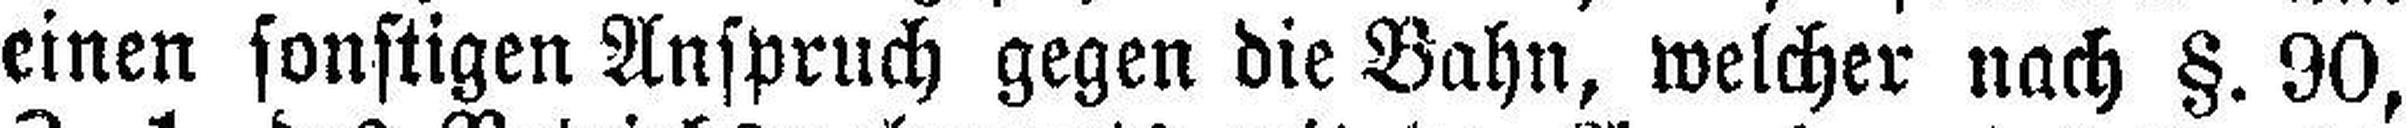
einen sonstigen Anspruch gegen die Bahn, welcher nach §. 90,